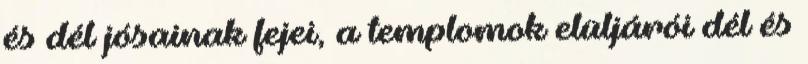
és dél jósainak fejei, a templomok elüljárói dél és